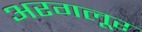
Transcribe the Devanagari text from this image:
अरगलूर